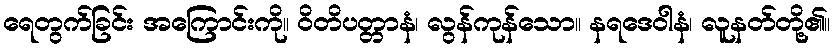
ရေတွက်ခြင်း အကြောင်းကို။ ဝိတိပတ္တာနံ၊ လွန်ကုန်သော။ နရဒေဝါနံ၊ လူနတ်တို့၏။